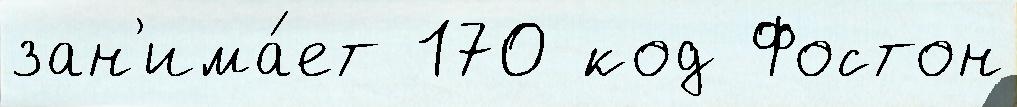
зан'има́ет 170 код Фостон